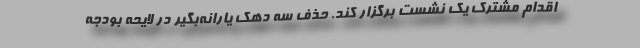
اقدام مشترک یک نشست برگزار کند. حذف سه دهک یارانه‌بگیر در لایحه بودجه